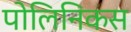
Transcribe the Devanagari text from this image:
पोलिनिकस